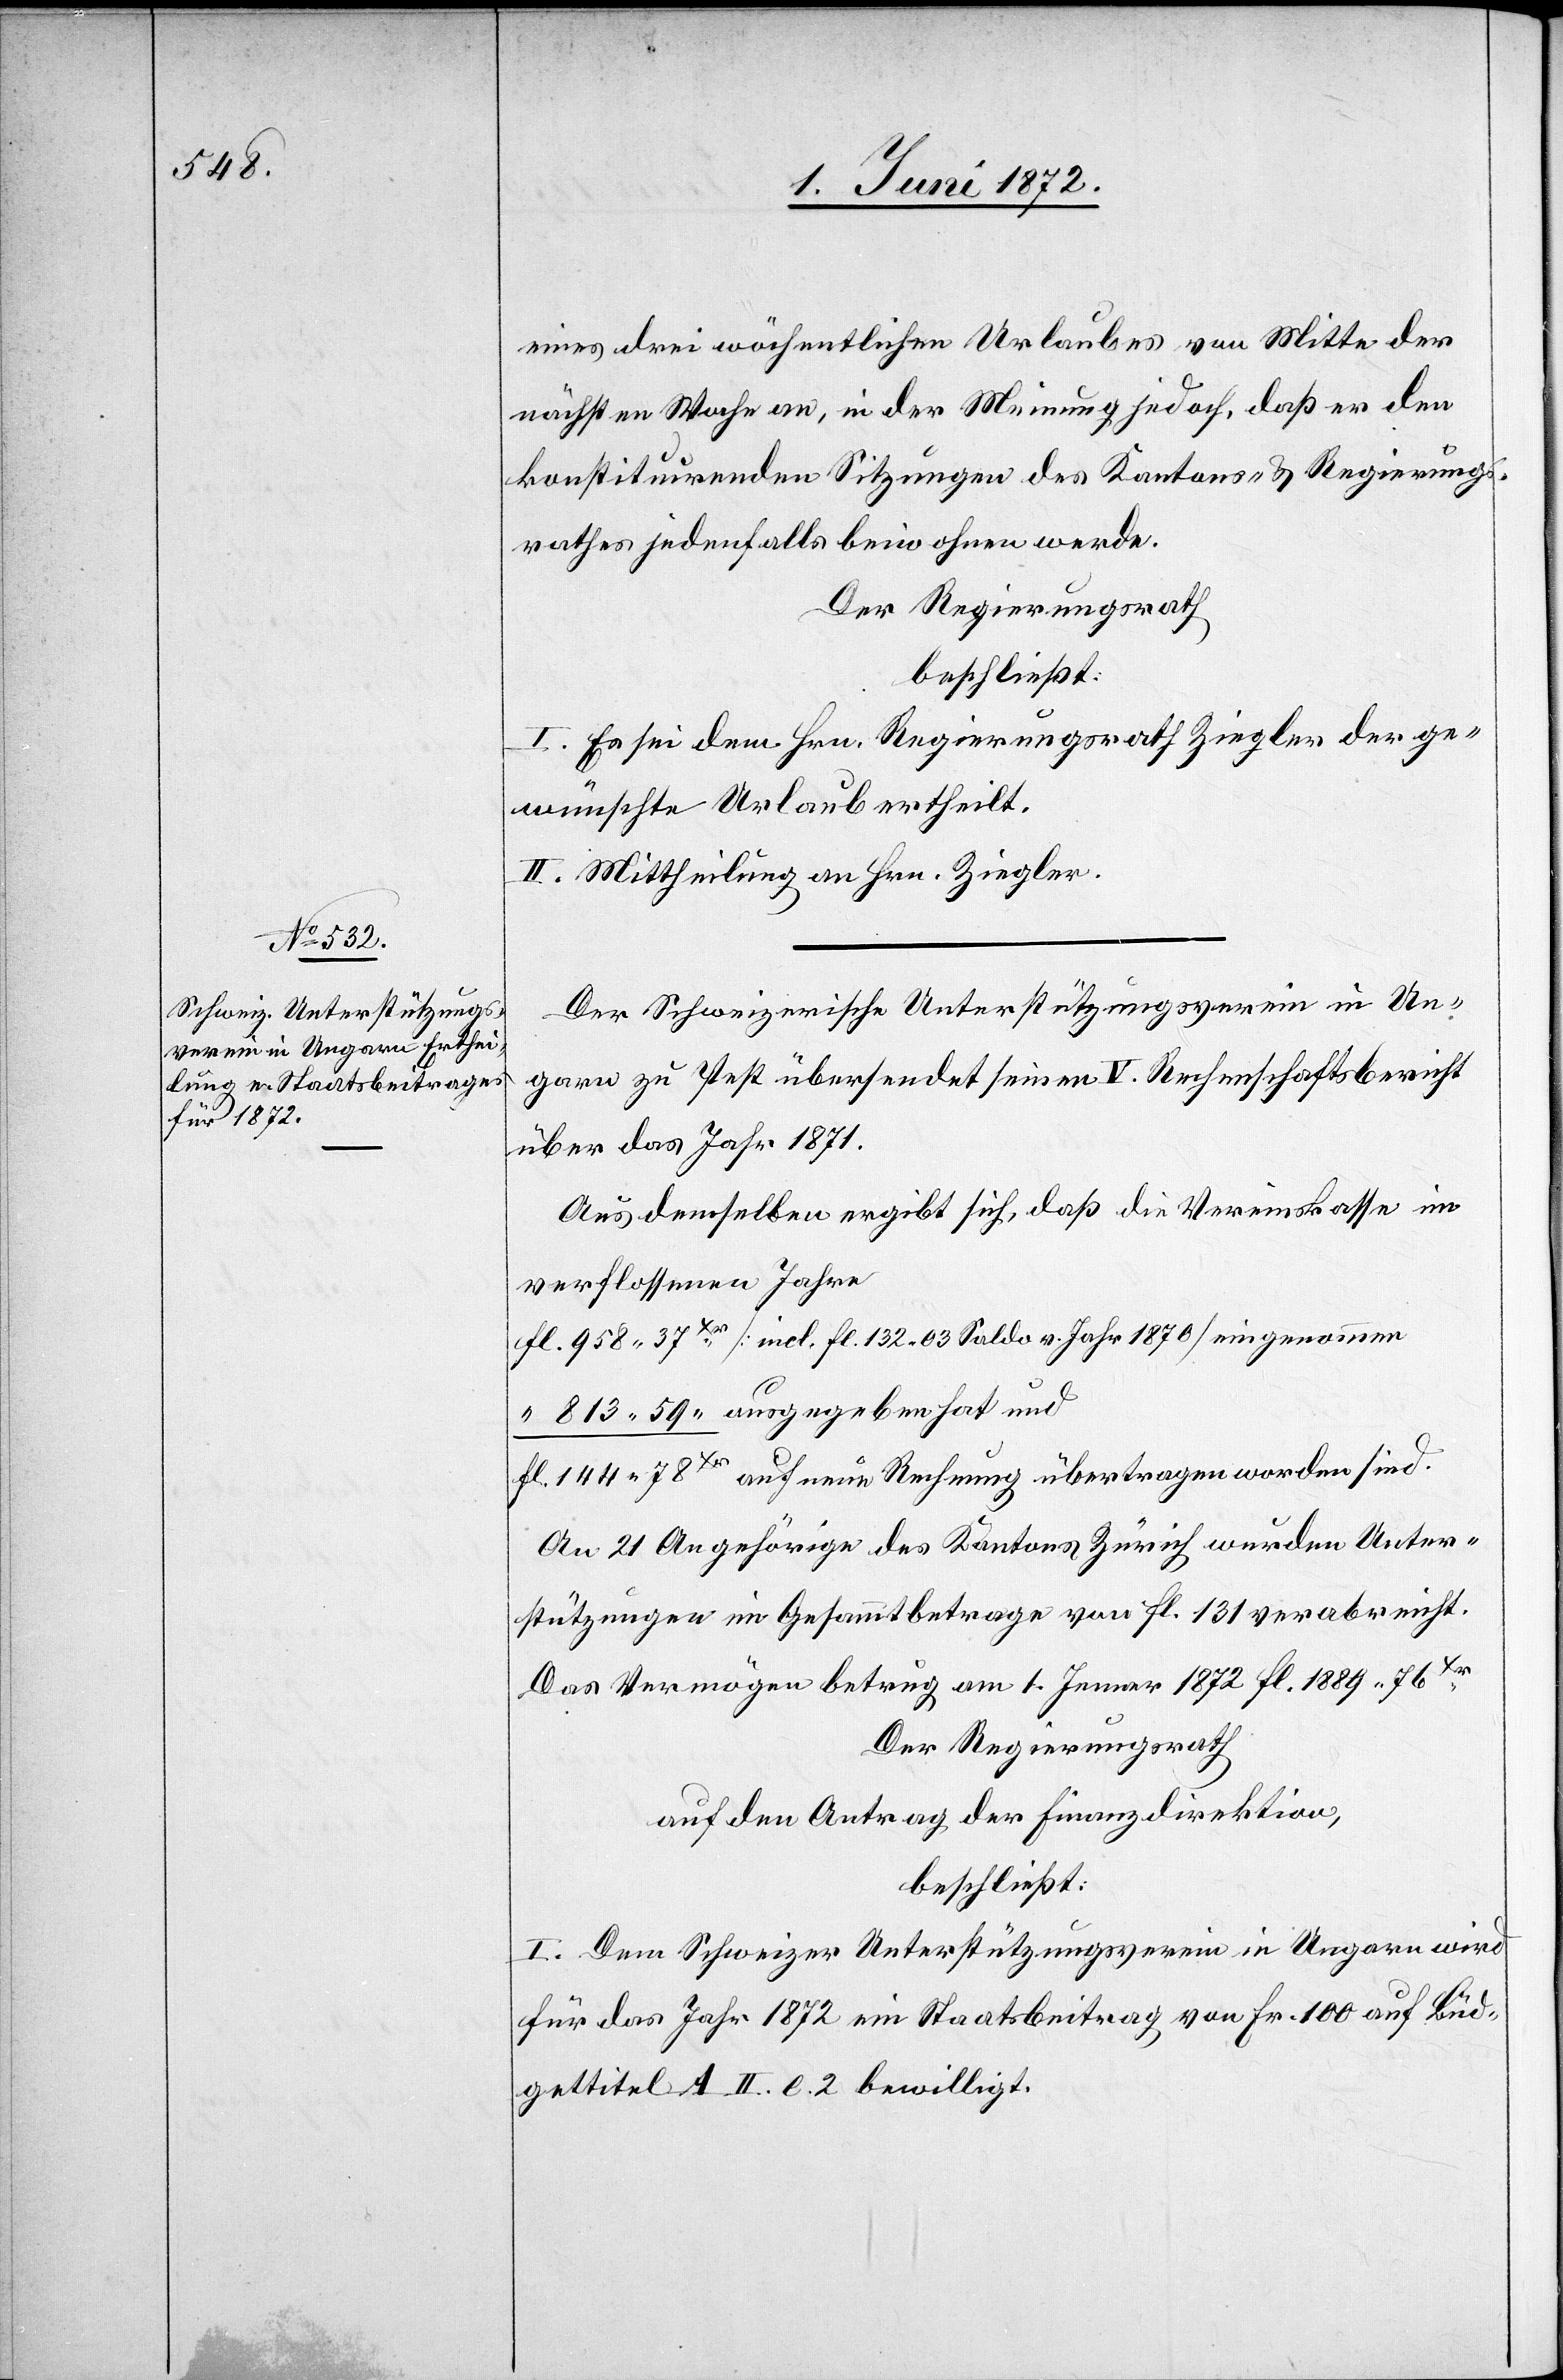
Jahr 1871.

eines drei wöchentlichen Urlaubes von Mitte der
nächsten Woche an, in der Meinung, daß er den ko¬
nstituirenden Sitzungen des Kantons- u. Regierungs¬
rathes jedenfalls beiwohnen werde.
Der Regierungsrath
beschließt:
I. Es sei dem Hrn. Regierungsrath Ziegler der ge¬
wünschte Urlaub ertheilt.
II. Mittheilung an Hrn. Ziegler.
Der Schweizerische Unterstützungsverein in Un¬
garn zu Pest übersendet seinem V. Rechnungsbericht über
Aus demselben ergibt sich, daß die Vereinskasse im
verflossenen Jahre
[incl. fl. 132 03 Saldo v. Jahr 1870] eingenommen
An 21 Angehörige des Kantons Zürich wurden Unter¬
stützungen im Gesammtbetrage vom fl. 131 verabreicht.
Das Vermögen betrug am 1. Jenner 1872 fl. 1889 76Xr.
Der Regierungsrath
auf den Antrag der Finanzdirektion,
beschließt:
I. Dem Schweizer Unterstützungsverein in Ungarn wird
für das Jahr 1872 ein Staatsbeitrag von Fr. 100 auf Büd¬
gettitel A. II. e. 2. bewilligt.